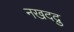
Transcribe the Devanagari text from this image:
नखदद्रु